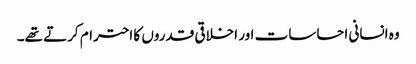
وہ انسانی احساسات اور اخلاقی قدروں کا احترام کرتے تھے۔